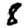
Digit: 8